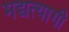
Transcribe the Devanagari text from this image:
मद्यत्यागी